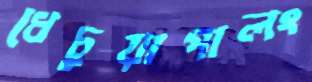
ধেচুয়াপালং